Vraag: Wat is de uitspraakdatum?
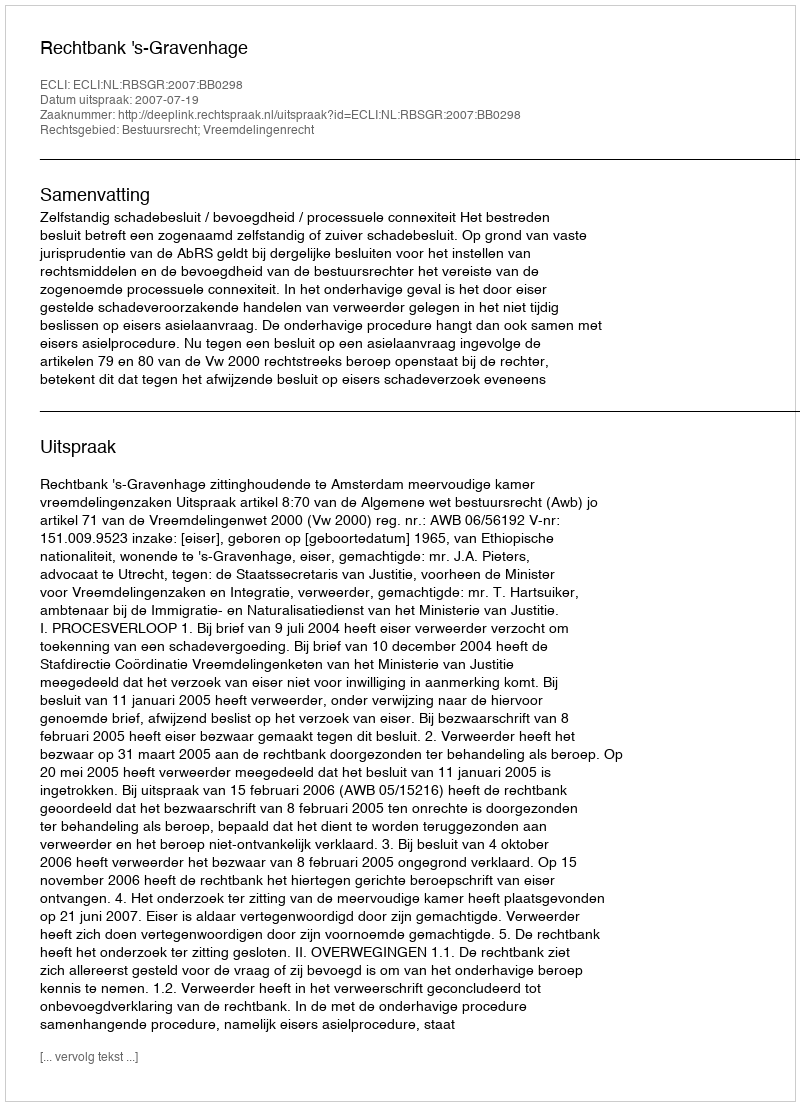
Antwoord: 2007-07-19